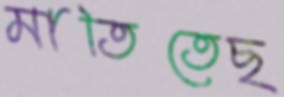
মাতিতেছ